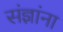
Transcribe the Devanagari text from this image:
संज्ञांना